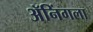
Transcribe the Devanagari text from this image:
ॲनिंगला